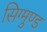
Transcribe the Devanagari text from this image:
सिग्मुण्ड